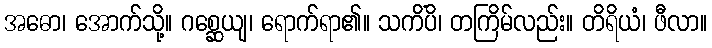
အဓော၊ အောက်သို့။ ဂစ္ဆေယျ၊ ရောက်ရာ၏။ သကိံပိ၊ တကြိမ်လည်း။ တိရိယံ၊ ဖီလာ။